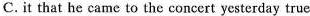
C. it that he came to the concert yesterday true